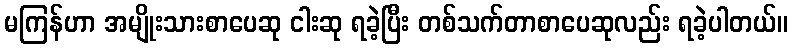
မကြန်ဟာ အမျိုးသားစာပေဆု ငါးဆု ရခဲ့ပြီး တစ်သက်တာစာပေဆုလည်း ရခဲ့ပါတယ်။